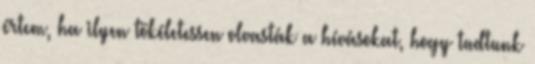
értem, ha ilyen tökéletessen olvasták a hívásokat, hogy tudtunk